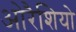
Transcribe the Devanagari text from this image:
ओरैशियो